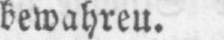
bewahreu.